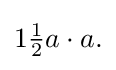
{\textstyle 1{\frac {1}{2}}a\cdot a.}